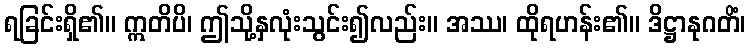
ရခြင်းရှိ၏။ ဣတိပိ၊ ဤသို့နှလုံးသွင်း၍လည်း။ အဿ၊ ထိုရဟန်း၏။ ဒိဋ္ဌာနုဂတိံ၊